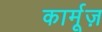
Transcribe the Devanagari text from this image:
कार्मूज़